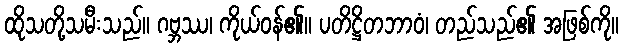
ထိုသတို့သမီးသည်။ ဂဗ္ဘဿ၊ ကိုယ်ဝန်၏။ ပတိဋ္ဌိတဘာဝံ၊ တည်သည်၏ အဖြစ်ကို။